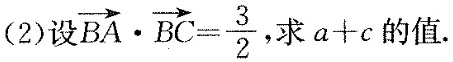
(2)设 $$\overrightarrow{BA} \cdot \overrightarrow{BC}= \frac{3}{2}$$ ，求$$a+c$$的值.